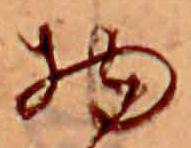
物